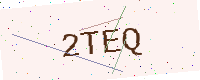
Text: 2TEQ